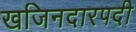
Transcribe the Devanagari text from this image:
खजिनदारपदी